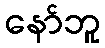
နော်ဘူ